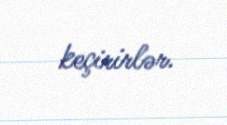
keçirirlər.